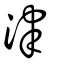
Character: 津